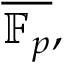
{ \overline { { \mathbb { F } _ { p } } } } ,